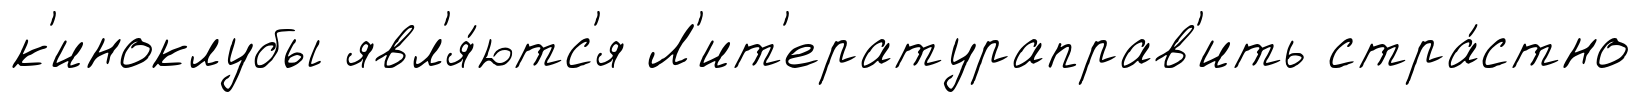
к'иноклубы явл'я́ютс'я Л'ит'ератураправ'ить стра́стно